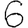
Digit: 6